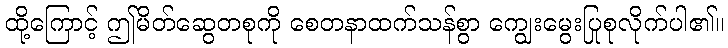
ထို့ကြောင့် ဤမိတ်ဆွေတစုကို စေတနာထက်သန်စွာ ကျွေးမွေးပြုစုလိုက်ပါ၏။